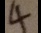
4